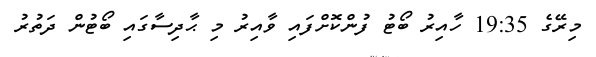
މިރޭގެ 19:35 ހާއިރު ބޯޓު ފުންކޮށްފައި ވާއިރު މި ޙާދިސާގައި ބޯޓުން ދަތުރު